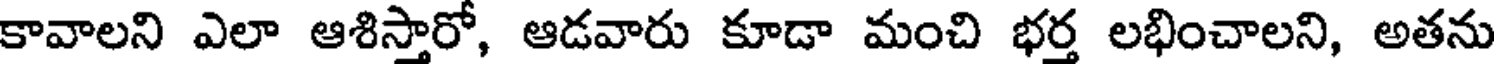
కావాలని ఎలా ఆశిస్తారో, ఆడవారు కూడా మంచి భర్త లభించాలని, అతను